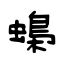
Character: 蟂